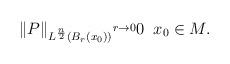
LaTeX: \begin{align*}\Vert P \Vert_{L^{\frac{n}{2}}(B_{r}(x_{0}))}\overset{r\to 0}{\-} 0\; \; x_{0}\in M. \end{align*}